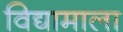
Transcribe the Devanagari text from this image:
विद्यामाला